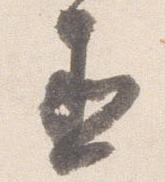
丞